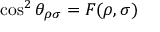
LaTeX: \cos ^ { 2 } \theta _ { \rho \sigma } = F ( \rho , \sigma )